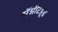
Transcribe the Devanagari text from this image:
मॅग्नीटय़ूड